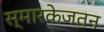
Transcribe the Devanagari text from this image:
स्मारकेजतन